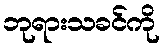
ဘုရားသခင်ကို